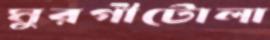
মুরগীটোলা